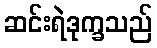
ဆင်းရဲဒုက္ခသည်